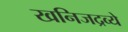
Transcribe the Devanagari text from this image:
खनिजद्रव्ये